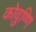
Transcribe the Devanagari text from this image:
कोवुण्णि